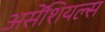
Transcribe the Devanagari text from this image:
असेंशियल्स